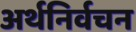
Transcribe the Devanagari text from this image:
अर्थनिर्वचन